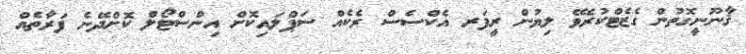
ޤާނޫނީގޮތުން ގެޒެޓްކުރެވޭ ލިޔުން ރީފަރ އެކްސެސް ރެކެއް ސަޕްލައިކޮށް އިންސްޓޯލް ކޮށްދޭނެ ފަރާތެއް